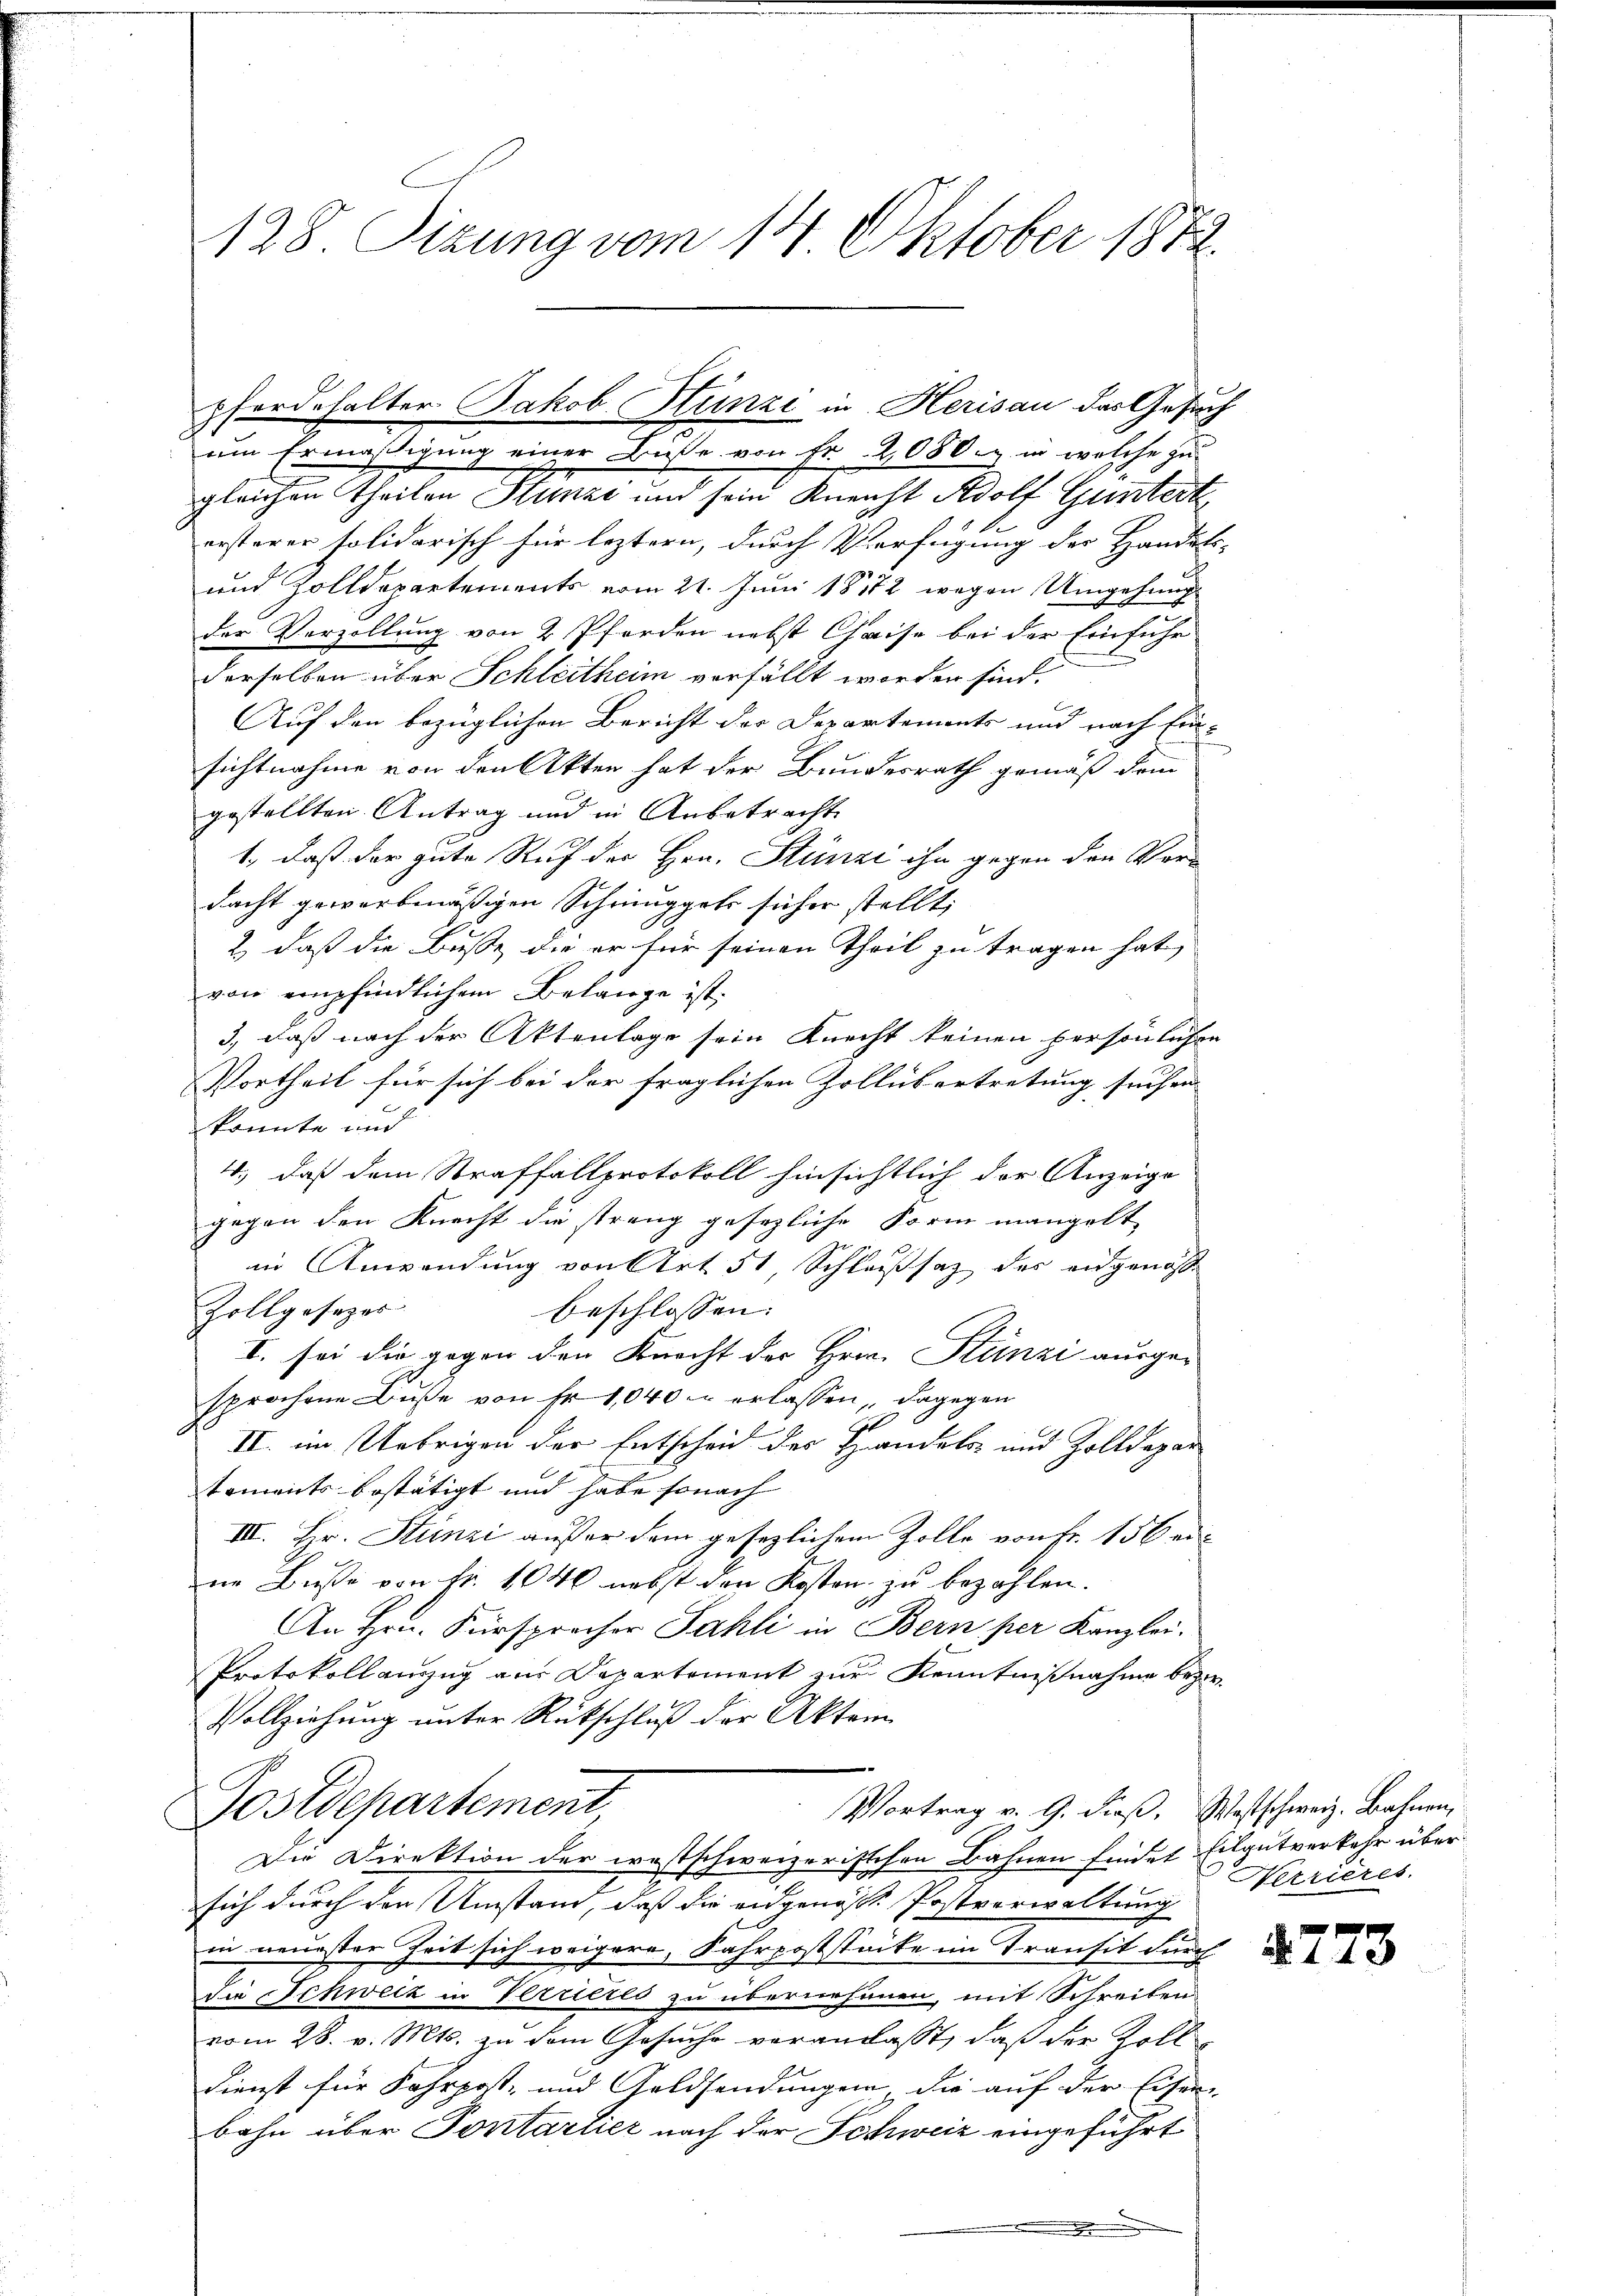
128. Sizung vom 14. Oktober 1872.

gleichen Theilen Stünze und sein Kneicht Adolf Guntert
ersterer solidarisch für leztern, durch Verfügung der Handels-
und Zolldepartements vom 21. Juni 1872 wegen Umgehung
der Verzollung von 2 Pferden nebst Chaise bei der Einfuhr
derselben über Schleitheim verfällt worden sind.
Auf den bezüglichen Bericht der Departements und nach Ein-
sichtnahme von den Akten hat der Bundesrath gemäß dem
gestellten Antrag und in Anbetracht
1., daß der gute Auf der Hrn. Stünzi ihn gegen den Ver-
dacht gewarbmässigen Schringger sicher stellt,
2) daß die Busse, die er für seinen Theil zu tragen hat,
von empfindlichen Belange ist.
3., daß nach der Aktenlage sein Knecht keinen persönlichen
Vortheil für sich bei der fraglichen Zollübertretung suchen
konnte und
4., daß dem Straffallprotokoll hinsichtlich der Anzeige
gegen den Knecht die streng gesezliche Form mangelt
in Anwendung von Art. 51 Schlaßsaz des eidgenoss
Zollgesezes
beschlossen:
I. sei die gegen den Knecht der Hrrn. Stünzi ausge-
sprochene Buße von Fr. 1040 u erlassen, dagegen
t
II. im Uebrigen der Entscheid des Handels- und Zolldepar
tements bestätigt und habe sonach
III. Hr. Stünzi außer dem gesezlichem Zolle von Fr. 156 er-
ne Buße von fr. 1040 nebst den Kosten zu bezahlen.
An Hrn. Fürspracher Fahli in Bern per Kanzlei.
Protokoll auszug aus Departement zur Kenntnißnahme bezir
Vollziehung unter Rückschluß der Akten
Postdepartement
Vortrag v. 9. dieß. Westschweiz. Bahnen,
Die Direktion der westschweizerischen Bahnen findet Eilgutverkehr über
sich durch den Umstand, daß die eidgenöss. Postverwaltung
in neuester Zeit sich weigere, Fahrpoststücke im Transit durch
Die Schweiz in Verrieres zu übernehmen, mit Schreiben
vom 28. v. Mts. zu dem Gesuche veranlasst, daß der Zolldienst für Fahrpost- und Goldsendungen, die auf der Eisen
bahn über Pontarlier nach der Schweiz eingeführt
.

pferdehalter Jakob. Stünzi in Herisau der Gesuch
um Ermäßigung einer Bisse von Fr. 2080. in welche zu

Nerrieres.

87.

3